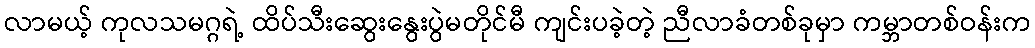
လာမယ့် ကုလသမဂ္ဂရဲ့ ထိပ်သီးဆွေးနွေးပွဲမတိုင်မီ ကျင်းပခဲ့တဲ့ ညီလာခံတစ်ခုမှာ ကမ္ဘာတစ်ဝန်းက